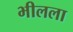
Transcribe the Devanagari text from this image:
भीलला